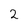
Character: 2